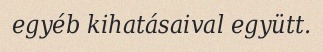
egyéb kihatásaival együtt.